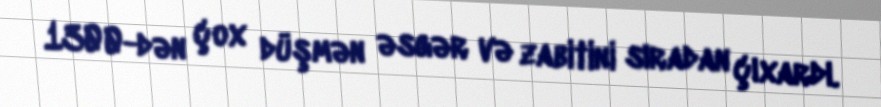
1300-dən çox düşmən əsgər və zabitini sıradan çıxardı.